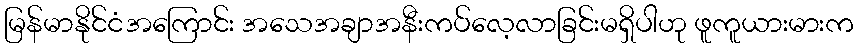
မြန်မာနိုင်ငံအကြောင်း အသေအချာအနီးကပ်လေ့လာခြင်းမရှိပါဟု ဖူကူယားမားက